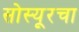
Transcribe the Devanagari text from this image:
सोस्यूरचा